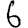
Digit: 6